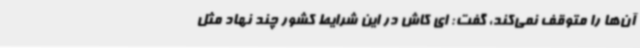
آن‌ها را متوقف نمی‌کند، گفت: ای کاش در این شرایط کشور چند نهاد مثل